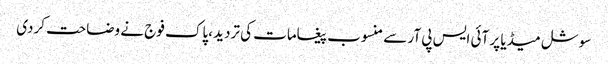
سوشل میڈیا پر آئی ایس پی آر سے منسوب پیغامات کی تردید ،پاک فوج نے وضاحت کردی